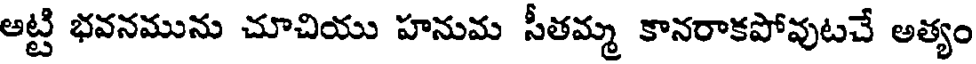
ఆట్టి భవనమును చూచియు హనుమ సీతమ్మ కానరాకపోవుటచే అత్యం